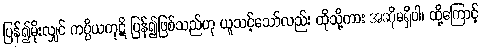
ပြန်၍မိုးလျှင် ကပ္ပိယကုဋိ ပြန်၍ဖြစ်သည်ဟု ယူသင့်သော်လည်း ထိုသို့ကား အဆိုမရှိပါ၊ ထို့ကြောင့်